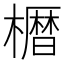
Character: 𫞒